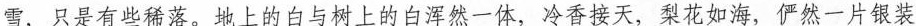
雪，只是有些稀落。地上的白与树上的白浑然一体，冷香接天，梨花如海，俨然一片银装